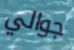
جوالي